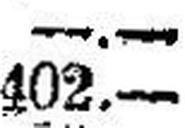
402.—